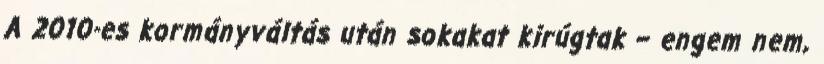
A 2010-es kormányváltás után sokakat kirúgtak – engem nem,